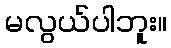
မလွယ်ပါဘူး။